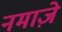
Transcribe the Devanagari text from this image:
नमाजे़